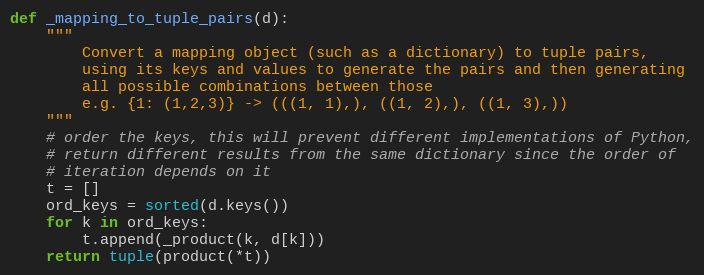
Language: Python
def _mapping_to_tuple_pairs(d):
    """
        Convert a mapping object (such as a dictionary) to tuple pairs,
        using its keys and values to generate the pairs and then generating
        all possible combinations between those
        e.g. {1: (1,2,3)} -> (((1, 1),), ((1, 2),), ((1, 3),))
    """
    # order the keys, this will prevent different implementations of Python,
    # return different results from the same dictionary since the order of
    # iteration depends on it
    t = []
    ord_keys = sorted(d.keys())
    for k in ord_keys:
        t.append(_product(k, d[k]))
    return tuple(product(*t))